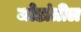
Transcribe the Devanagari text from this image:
जोडांतील